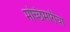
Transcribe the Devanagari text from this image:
मच्छिमारीचा